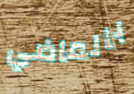
بالماضي